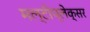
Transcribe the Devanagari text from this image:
मल्टीप्लेक्सर